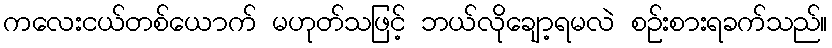
ကလေးငယ်တစ်ယောက် မဟုတ်သဖြင့် ဘယ်လိုချော့ရမလဲ စဉ်းစားရခက်သည်။